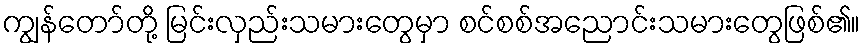
ကျွန်တော်တို့ မြင်းလှည်းသမားတွေမှာ စင်စစ်အညောင်းသမားတွေဖြစ်၏။